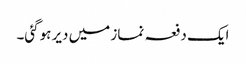
ایک دفعہ نماز میں دیر ہوگئی۔